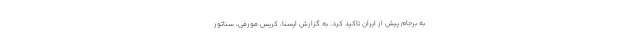
به برجام پیش از ایران تاکید کرد. به گزارش ایسنا، کریس مورفی، سناتور